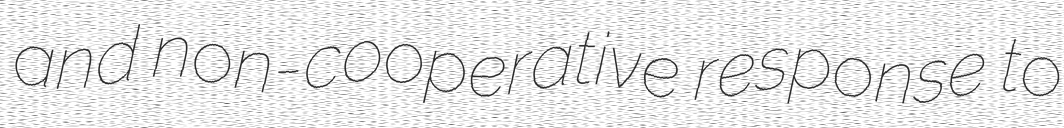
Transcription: and non-cooperative response to